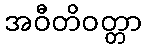
အဝီတိဝတ္တာ